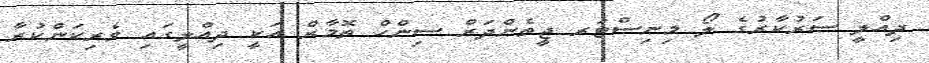
ދިއްލީ ސަރުކާރުގެ ލޯ މިނިސްޓަރ ޖީތެންދަރް ސިންހް ތޮމާރް އަކީ ދިއްލީގައި ވެރިކަންކުރާ